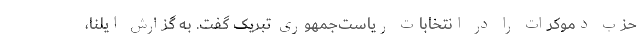
حزب دموکرات را در انتخابات ریاست‌جمهوری تبریک گفت. به گزارش ایلنا،